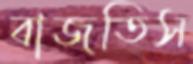
বাজতিস